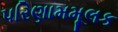
પરિણામમૂલક